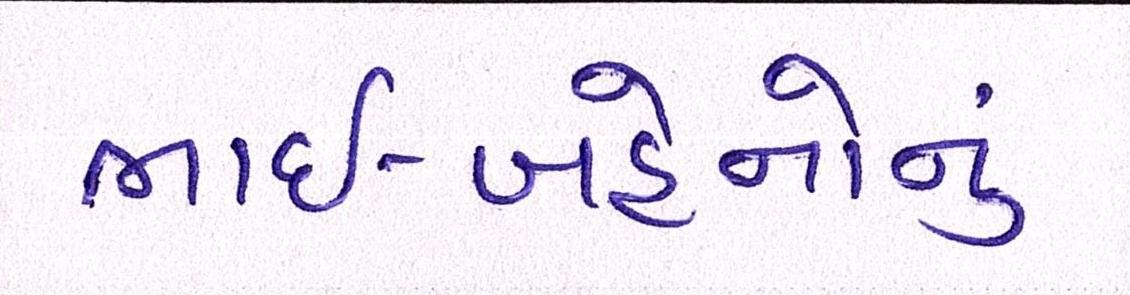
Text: ભાઈ-બહેનોનું